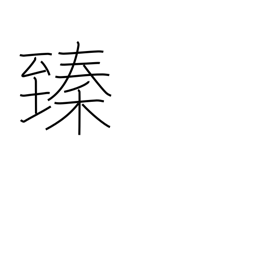
Meaning: reach